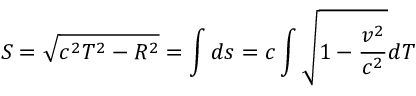
S = \sqrt { c ^ { 2 } T ^ { 2 } - R ^ { 2 } } = \int d s = c \int \sqrt { 1 - \frac { v ^ { 2 } } { c ^ { 2 } } } d T